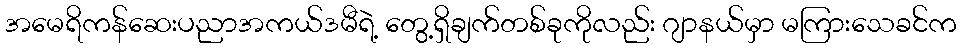
အမေရိကန်ဆေးပညာအကယ်ဒမီရဲ့ တွေ့ရှိချက်တစ်ခုကိုလည်း ဂျာနယ်မှာ မကြားသေခင်က